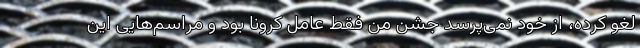
لغو کرده، از خود نمی‌پرسد جشن من فقط عامل کرونا بود و مراسم‌هایی این